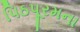
પિઠપૂરમના